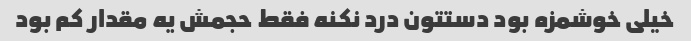
خیلی خوشمزه بود دستتون درد نکنه فقط حجمش یه مقدار کم بود